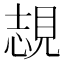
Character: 覟